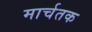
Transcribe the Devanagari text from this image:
मार्चतक